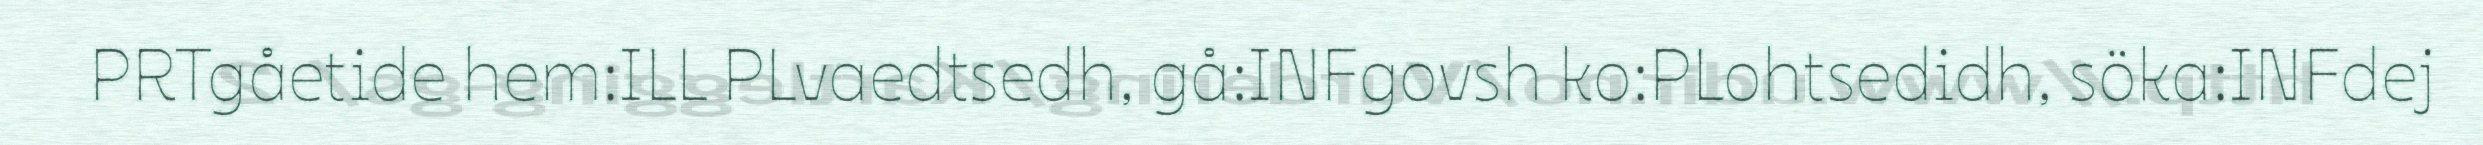
PRTgåetide hem:ILL PLvaedtsedh, gå:INFgovsh ko:PLohtsedidh, söka:INFdej